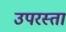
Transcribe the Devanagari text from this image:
उपरस्ता